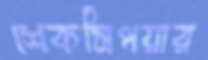
শেকসিপয়ার